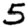
Digit: 5